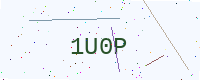
Text: 1U0P